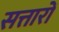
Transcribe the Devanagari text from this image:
सत्तारों